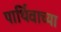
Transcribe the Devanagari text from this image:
पार्थिवाच्या